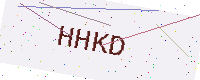
Text: HHKD